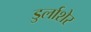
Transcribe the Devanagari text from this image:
डुर्लाशेर